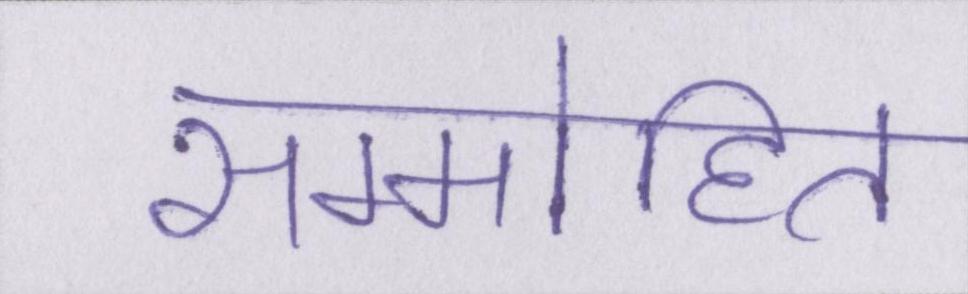
सम्मोहित